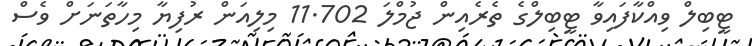
ޓީބިލް ވިއްކާފައިވާ ޓީބިލްގެ ތެރެއިން ޖުމްލަ 11.702 މިލިއަން ރުފިޔާ މިހާތަނަށް ވެސް